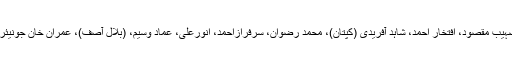
احمد شہزاد، محمد حفیظ، رفعت اللہ مہمند، شعیب ملک، صہیب مقصود، افتخار احمد، شاہد آفریدی (کپتان)، محمد رضوان، سرفرازاحمد، انورعلی، عماد وسیم، (بلال آصف)، عمران خان جونیئر، محمد عرفان، سہیل تنویر، وہاب ریاض اور عامر یامین۔